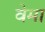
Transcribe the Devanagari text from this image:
वेमा